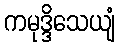
ကမုဒ္ဒိသေယျံ